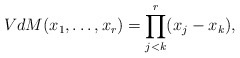
\begin{align*}VdM(x_1,\ldots, x_r)=\prod_{j<k}^r(x_j-x_k),\end{align*}